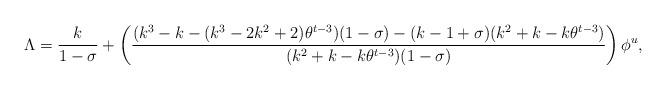
LaTeX: \begin{align*}\Lambda=\frac{k}{1-\sigma}+\left( \frac{(k^3-k-(k^3-2k^2+2)\theta^{t-3})(1-\sigma)-(k-1+\sigma)(k^2+k-k\theta^{t-3})}{(k^2+k-k\theta^{t-3})(1-\sigma)}\right) \phi^u,\end{align*}